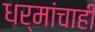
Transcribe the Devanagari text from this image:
धर्मांचाही